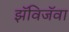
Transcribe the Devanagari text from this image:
झॅविजॅवा